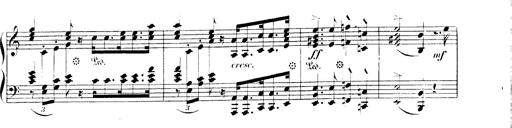
Title: 3 Chansons
Composer: Franz Liszt